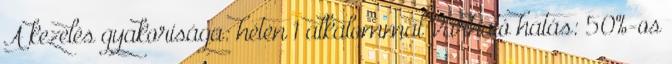
A kezelés gyakorisága: héten 1 alkalommal Várható hatás: 50%-os